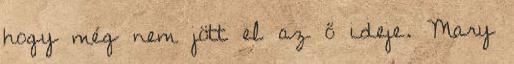
hogy még nem jött el az ő ideje. Mary